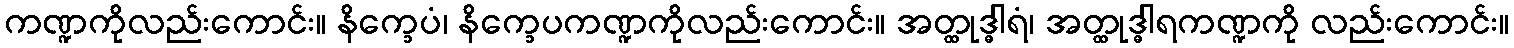
ကဏ္ဍကိုလည်းကောင်း။ နိက္ခေပံ၊ နိက္ခေပကဏ္ဍကိုလည်းကောင်း။ အတ္ထုဒ္ဓါရံ၊ အတ္ထုဒ္ဓါရကဏ္ဍကို လည်းကောင်း။